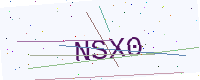
Text: NSX0